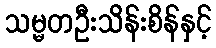
သမ္မတဦးသိန်းစိန်နှင့်